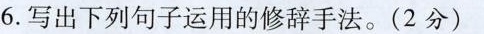
6.写出下列句子运用的修辞手法。(2分)